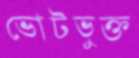
ভোটভুক্ত